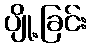
ပျို့ခြင်း